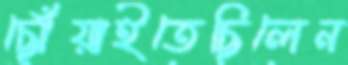
ছোঁয়াইতেছিলেন